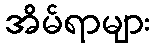
အိမ်ရာများ